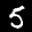
Label: 5